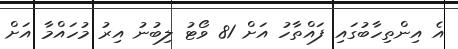
އެ އިންތިހާބުގައި ފައްތާހު އަށް 81 ވޯޓު ލިބުނު އިރު މުހައްމާ އަށް